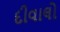
દીવાલો